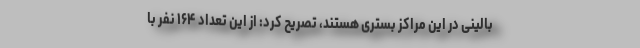
بالینی در این مراکز بستری هستند، تصریح کرد: از این تعداد ۱۶۴ نفر با